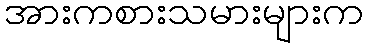
အားကစားသမားများက